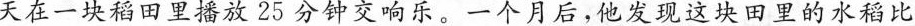
天在一块稻田里播放25分钟交响乐。一个月后，他发现这块田里的水稻比